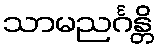
သာမညင်္ဂန္တိ